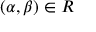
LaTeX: ( \alpha , \beta ) \in R